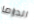
الدراما